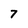
Character: 7